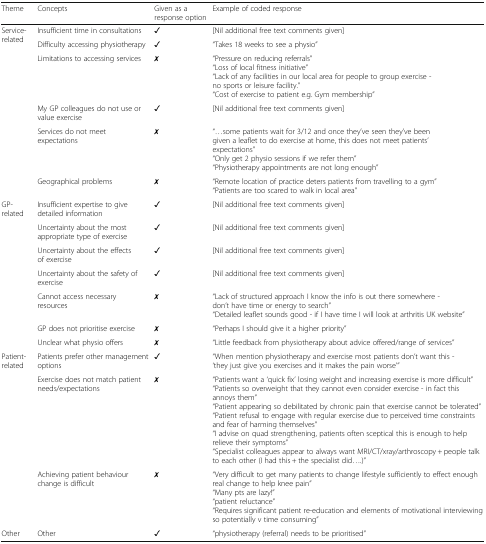
<table><thead><tr><td><b>Theme</b></td><td><b>Concepts</b></td><td><b>Given as a response option</b></td><td><b>Example of coded response</b></td></tr></thead><tbody><tr><td rowspan="6">Service-related</td><td>Insufficient time in consultations</td><td>✓</td><td>[Nil additional free text comments given]</td></tr><tr><td>Difficulty accessing physiotherapy</td><td>✓</td><td>“Takes 18 weeks to see a physio”</td></tr><tr><td>Limitations to accessing services</td><td>✗</td><td>“Pressure on reducing referrals”“Loss of local fitness initiative”“Lack of any facilities in our local area for people to group exercise - no sports or leisure facility.”“Cost of exercise to patient e.g. Gym membership”</td></tr><tr><td>My GP colleagues do not use or value exercise</td><td>✓</td><td>[Nil additional free text comments given]</td></tr><tr><td>Services do not meet expectations</td><td>✗</td><td>“...some patients wait for 3/12 and once they’ve seen they’ve been given a leaflet to do exercise at home, this does not meet patients’ expectations”“Only get 2 physio sessions if we refer them”“Physiotherapy appointments are not long enough”</td></tr><tr><td>Geographical problems</td><td>✗</td><td>“Remote location of practice deters patients from travelling to a gym”“Patients are too scared to walk in local area”</td></tr><tr><td rowspan="7">GP-related</td><td>Insufficient expertise to give detailed information</td><td>✓</td><td>[Nil additional free text comments given]</td></tr><tr><td>Uncertainty about the most appropriate type of exercise</td><td>✓</td><td>[Nil additional free text comments given]</td></tr><tr><td>Uncertainty about the effects of exercise</td><td>✓</td><td>[Nil additional free text comments given]</td></tr><tr><td>Uncertainty about the safety of exercise</td><td>✓</td><td>[Nil additional free text comments given]</td></tr><tr><td>Cannot access necessary resources</td><td>✗</td><td>“Lack of structured approach I know the info is out there somewhere - don’t have time or energy to search”“Detailed leaflet sounds good - if I have time I will look at arthritis UK website”</td></tr><tr><td>GP does not prioritise exercise</td><td>✗</td><td>“Perhaps I should give it a higher priority”</td></tr><tr><td>Unclear what physio offers</td><td>✗</td><td>“Little feedback from physiotherapy about advice offered/range of services”</td></tr><tr><td rowspan="3">Patient-related</td><td>Patients prefer other management options</td><td>✓</td><td>“When mention physiotherapy and exercise most patients don’t want this - ‘they just give you exercises and it makes the pain worse’”</td></tr><tr><td>Exercise does not match patient needs/expectations</td><td>✗</td><td>“Patients want a ‘quick fix’ losing weight and increasing exercise is more difficult”“Patients so overweight that they cannot even consider exercise - in fact this annoys them”“Patient appearing so debilitated by chronic pain that exercise cannot be tolerated”“Patient refusal to engage with regular exercise due to perceived time constraints and fear of harming themselves”“I advise on quad strengthening, patients often sceptical this is enough to help relieve their symptoms”“Specialist colleagues appear to always want MRI/CT/xray/arthroscopy + people talk to each other (I had this + the specialist did....)”</td></tr><tr><td>Achieving patient behaviour change is difficult</td><td>✗</td><td>“Very difficult to get many patients to change lifestyle sufficiently to effect enough real change to help knee pain”“Many pts are lazy!”“patient reluctance”“Requires significant patient re-education and elements of motivational interviewing so potentially v time consuming”</td></tr><tr><td>Other</td><td>Other</td><td>✓</td><td>“physiotherapy (referral) needs to be prioritised”</td></tr></tbody></table>